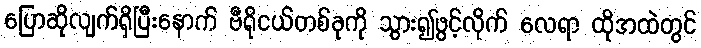
ပြောဆိုလျက်ရှိပြီးနောက် ဗီရိုငယ်တစ်ခုကို သွား၍ဖွင့်လိုက် လေရာ ထိုအထဲတွင်